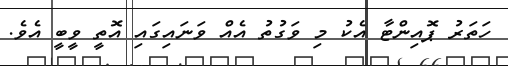
ހަތަރު ޕޮއިންޓާ އެކު މި ވަގުތު އެއް ވަނައިގައި އޮތީ ވީބީ އެވެ.